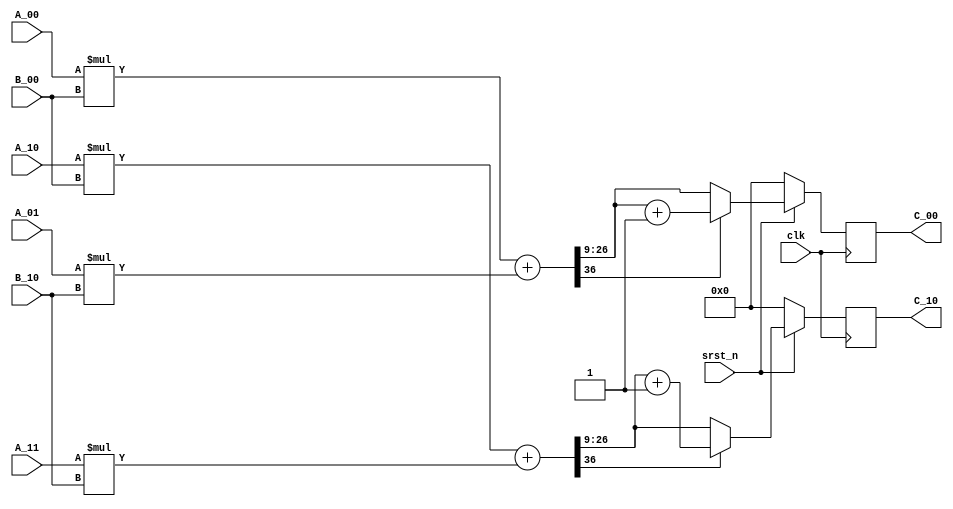
module mult_2x2_2x1 #(
parameter BIT_NUM = 18,
parameter FRAC_NUM = 9
)
(
  input clk,
  input srst_n,
  input [BIT_NUM-1:0] A_00,
  input [BIT_NUM-1:0] A_01,
  input [BIT_NUM-1:0] A_10,
  input [BIT_NUM-1:0] A_11,
  input [BIT_NUM-1:0] B_00,
  input [BIT_NUM-1:0] B_10,

  output reg signed [BIT_NUM-1:0] C_00,
  output reg signed [BIT_NUM-1:0] C_10
);


// mult phase
reg signed [2*BIT_NUM-1:0] mult [0:3];
always@* begin
  mult[0] = $signed(A_00) * $signed(B_00);
  mult[1] = $signed(A_01) * $signed(B_10);
  mult[2] = $signed(A_10) * $signed(B_00);
  mult[3] = $signed(A_11) * $signed(B_10);
end
/*always@(posedge clk)
  if(~srst_n) begin
    mult[0] <= 0;
    mult[1] <= 0;
    mult[2] <= 0;
    mult[3] <= 0;
  end
  else begin
    mult[0] <= $signed(A_00) * $signed(B_00);
    mult[1] <= $signed(A_01) * $signed(B_10);
    mult[2] <= $signed(A_10) * $signed(B_00);
    mult[3] <= $signed(A_11) * $signed(B_10);
  end*/

// add phase
reg signed [2*BIT_NUM:0] add [0:1];
always@* begin
  add[0] = mult[0] + mult[1];
  add[1] = mult[2] + mult[3];
end



// quantization
always@(posedge clk)
  if(~srst_n) begin
    C_00 <= 0;
    C_10 <= 0;
  end
  else begin
    if(add[0][2*BIT_NUM])
      C_00 <= add[0][BIT_NUM+FRAC_NUM-1:FRAC_NUM] + 1'b1;
    else
      C_00 <= add[0][BIT_NUM+FRAC_NUM-1:FRAC_NUM];
    if(add[1][2*BIT_NUM])
      C_10 <= add[1][BIT_NUM+FRAC_NUM-1:FRAC_NUM] + 1'b1;
    else
      C_10 <= add[1][BIT_NUM+FRAC_NUM-1:FRAC_NUM];
  end




endmodule